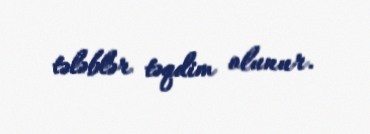
tələblər təqdim olunur.